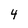
Character: 4